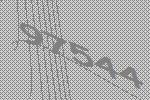
97544